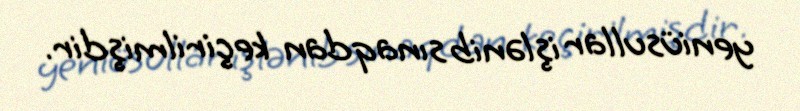
yeniüsullar işlənib sınaqdan keçirilmişdir.